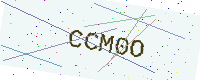
Text: CCM0O